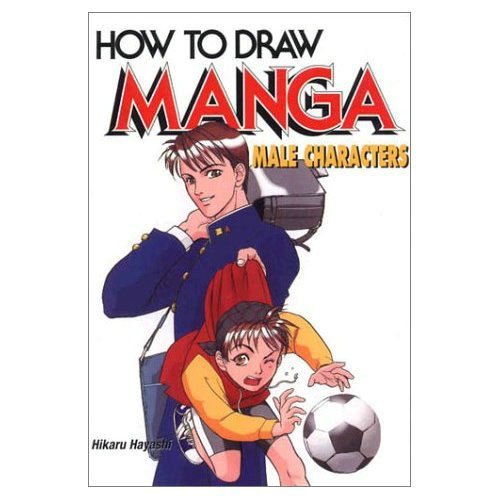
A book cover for How to Draw Manga: Male Characters; Hikaru Hayashi; Arts & Photography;